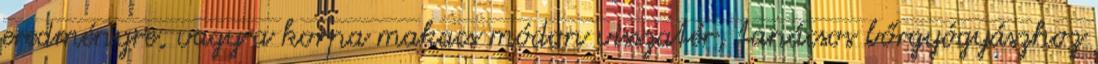
eredményre, vagy a korpa makacs módon visszatér, tanácsos bőrgyógyászhoz